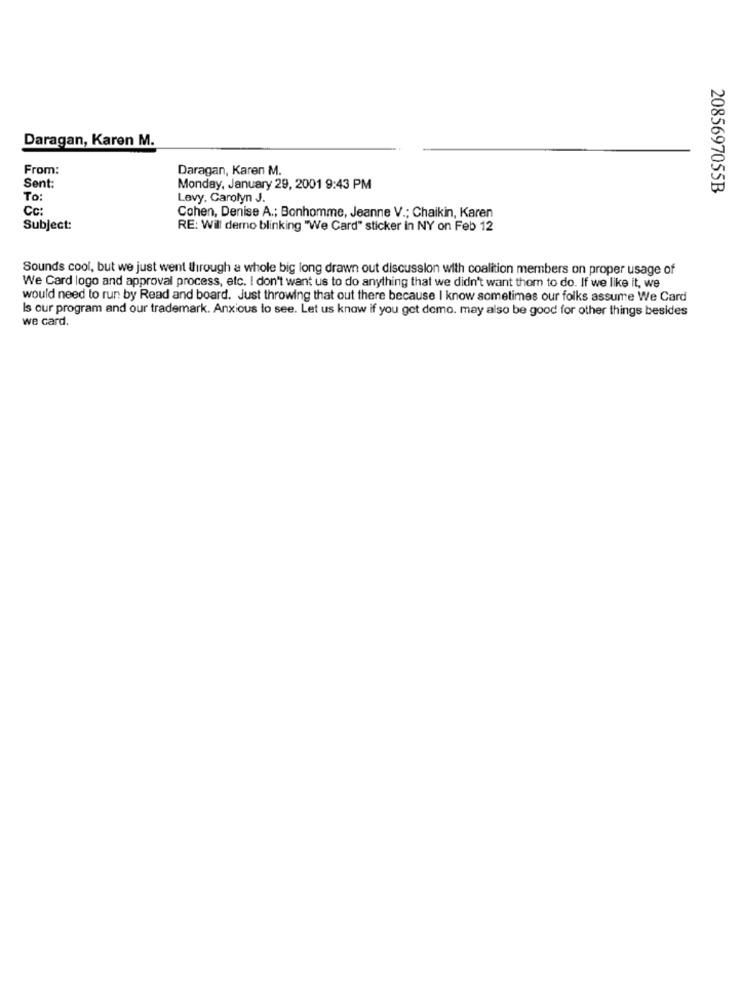
Daragan, Karen M.
From:
Daragan, Karen M.
Sent:
Monday, January 29, 2001 9:43 PM
2085697055B
To:
Levy, Carolyn J.
Cc:
Cohen, Denise A .; Bonhomme, Jeanne V .; Chaikin, Karen
Subject:
RE: Will derno blinking "We Card" sticker in NY on Feb 12
Sounds cool, but we just went through a whole big long drawn out discussion with coalition members on proper usage of
We Card logo and approval process, etc. I don't want us to do anything that we didn't want them to do. If we like it, we
would need to run by Read and board. Just throwing that out there because I know sometimes our folks assume We Card
Is our program and our trademark. Anxious to see. Let us know if you get demo. may also be good for other things besides
we card.